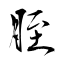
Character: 胵